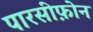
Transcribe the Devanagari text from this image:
पारसीफ़ोन